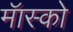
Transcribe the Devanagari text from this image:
मॅास्को